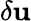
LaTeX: \delta\mathbf{u}